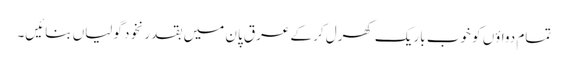
تمام دواؤں کو خوب باریک کھرل کر کے عرقِ پان میں بقدر نخود گولیاں بنائیں۔